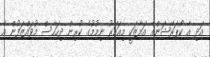
އަދި އެ ކޯޕަރޭޝަންގެ އަމާޒަކީ މިއަހަރު ނިމުމުގެ ކުރިން ދިހަހާސް މުވައްޒަފުން އެ